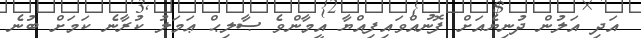
އަދި އަލުން ދުނިޔެއަށް ފޮނުއްވައިފިއްޔާ އީމާންވެ ޞާލިޙް ޢަމަލު ކުރާނެ ކަމަށް ބުނެ